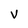
Character: V